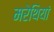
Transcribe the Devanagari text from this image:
मरेथियां